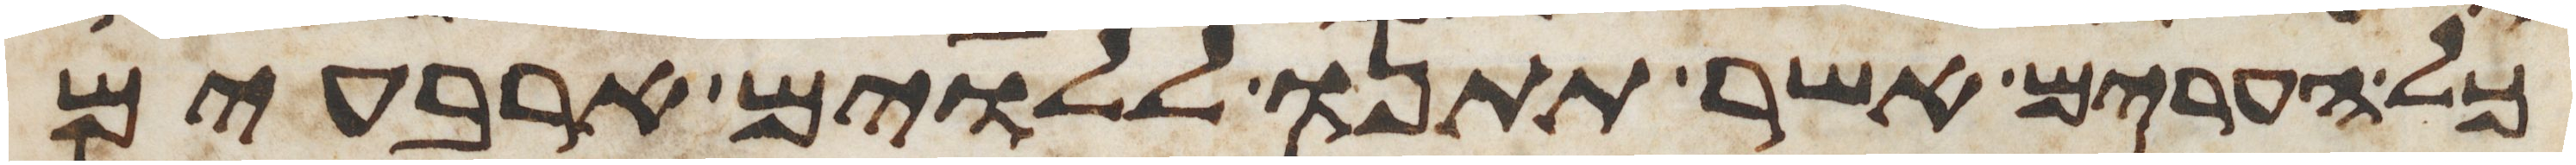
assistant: כל הערים אשר תתנו ללוים ארבעים